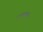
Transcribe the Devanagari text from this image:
एलएनएवी